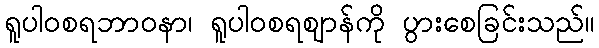
ရူပါဝစရဘာဝနာ၊ ရူပါဝစရဈာန်ကို ပွားစေခြင်းသည်။